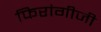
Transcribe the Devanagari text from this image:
फिरांगीजी